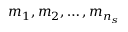
m _ { 1 } , m _ { 2 } , \ldots , m _ { n _ { s } }